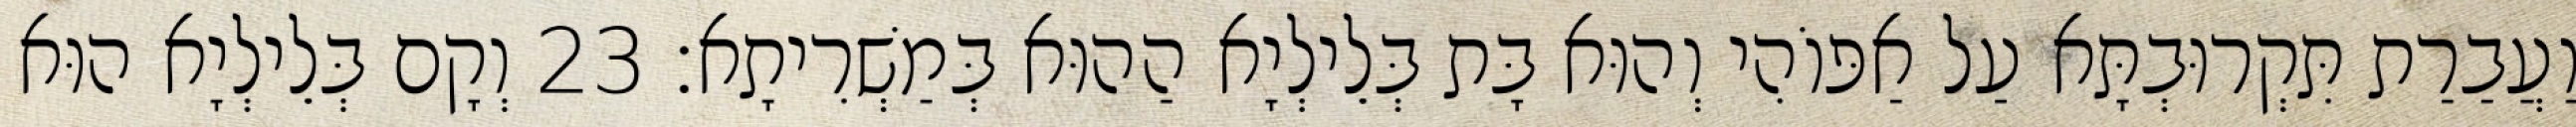
וַעֲבַרַת תִּקְרוּבְתָּא עַל אַפּוֹהִי וְהוּא בָּת בְּלֵילְיָא הַהוּא בְּמַשְׁרִיתָא׃ 23 וְקָם בְּלֵילְיָא הוּא